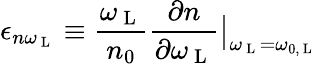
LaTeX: \epsilon_{n\omega_{\mathrm{~L~}}}\equiv\frac{\omega_{\mathrm{~L~}}}{n_{0}}\frac{\partial n}{\partial\omega_{\mathrm{~L~}}}\big|_{\omega_{\mathrm{~L~}}=\omega_{0,\mathrm{~L~}}}